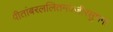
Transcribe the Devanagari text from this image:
पीतांबरललितमज्जीरसुभगा